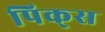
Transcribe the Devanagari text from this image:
पिक्‌स